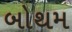
બોથમ